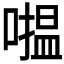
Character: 𱔸